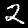
Label: 2